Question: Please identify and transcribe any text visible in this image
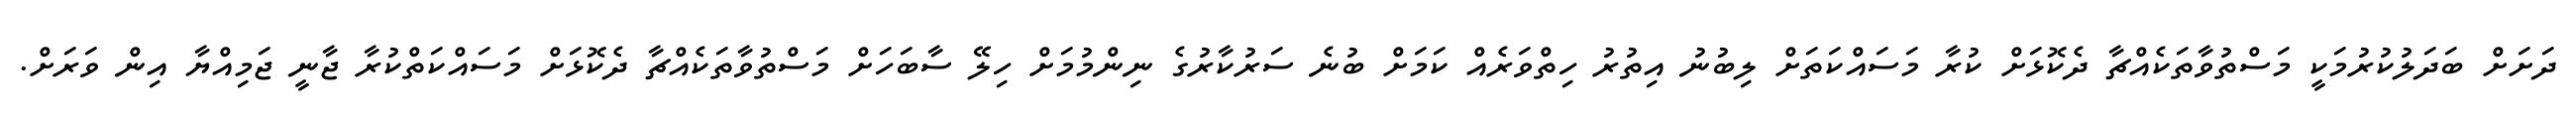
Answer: ދަށަށް ބަދަލުކުރުމަކީ މަސްތުވާތަކެއްޗާ ދެކޮޅަށް ކުރާ މަސައްކަތަށް ލިބުނު އިތުރު ހިތްވަރެއް ކަމަށް ބުނެ ސަރުކާރުގެ ނިންމުމަށް ހިލޭ ސާބަހަށް މަސްތުވާތަކެއްޗާ ދެކޮޅަށް މަސައްކަތްކުރާ ޖާނީ ޖަމިއްޔާ އިން ވަރަށް.